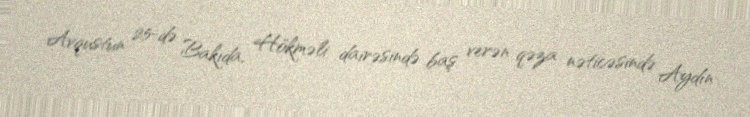
Avqustun 25-də Bakıda, Hökməli dairəsində baş verən qəza nəticəsində Aydın